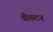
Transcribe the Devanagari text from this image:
बीसटन